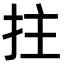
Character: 拄